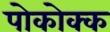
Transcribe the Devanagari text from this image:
पोकोक्क